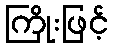
ကြိုးဖြင့်